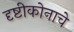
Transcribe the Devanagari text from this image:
दृष्टीकोनाचे